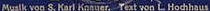
Muslk von & Karl Knnuer. Text von L Hochhaus